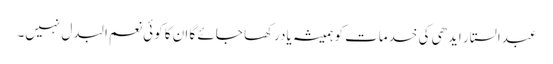
عبدالستار ایدھی کی خدمات کو ہمیشہ یادرکھا جائے گا ان کا کوئی نعم البدل نہیں۔